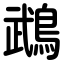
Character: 鵡